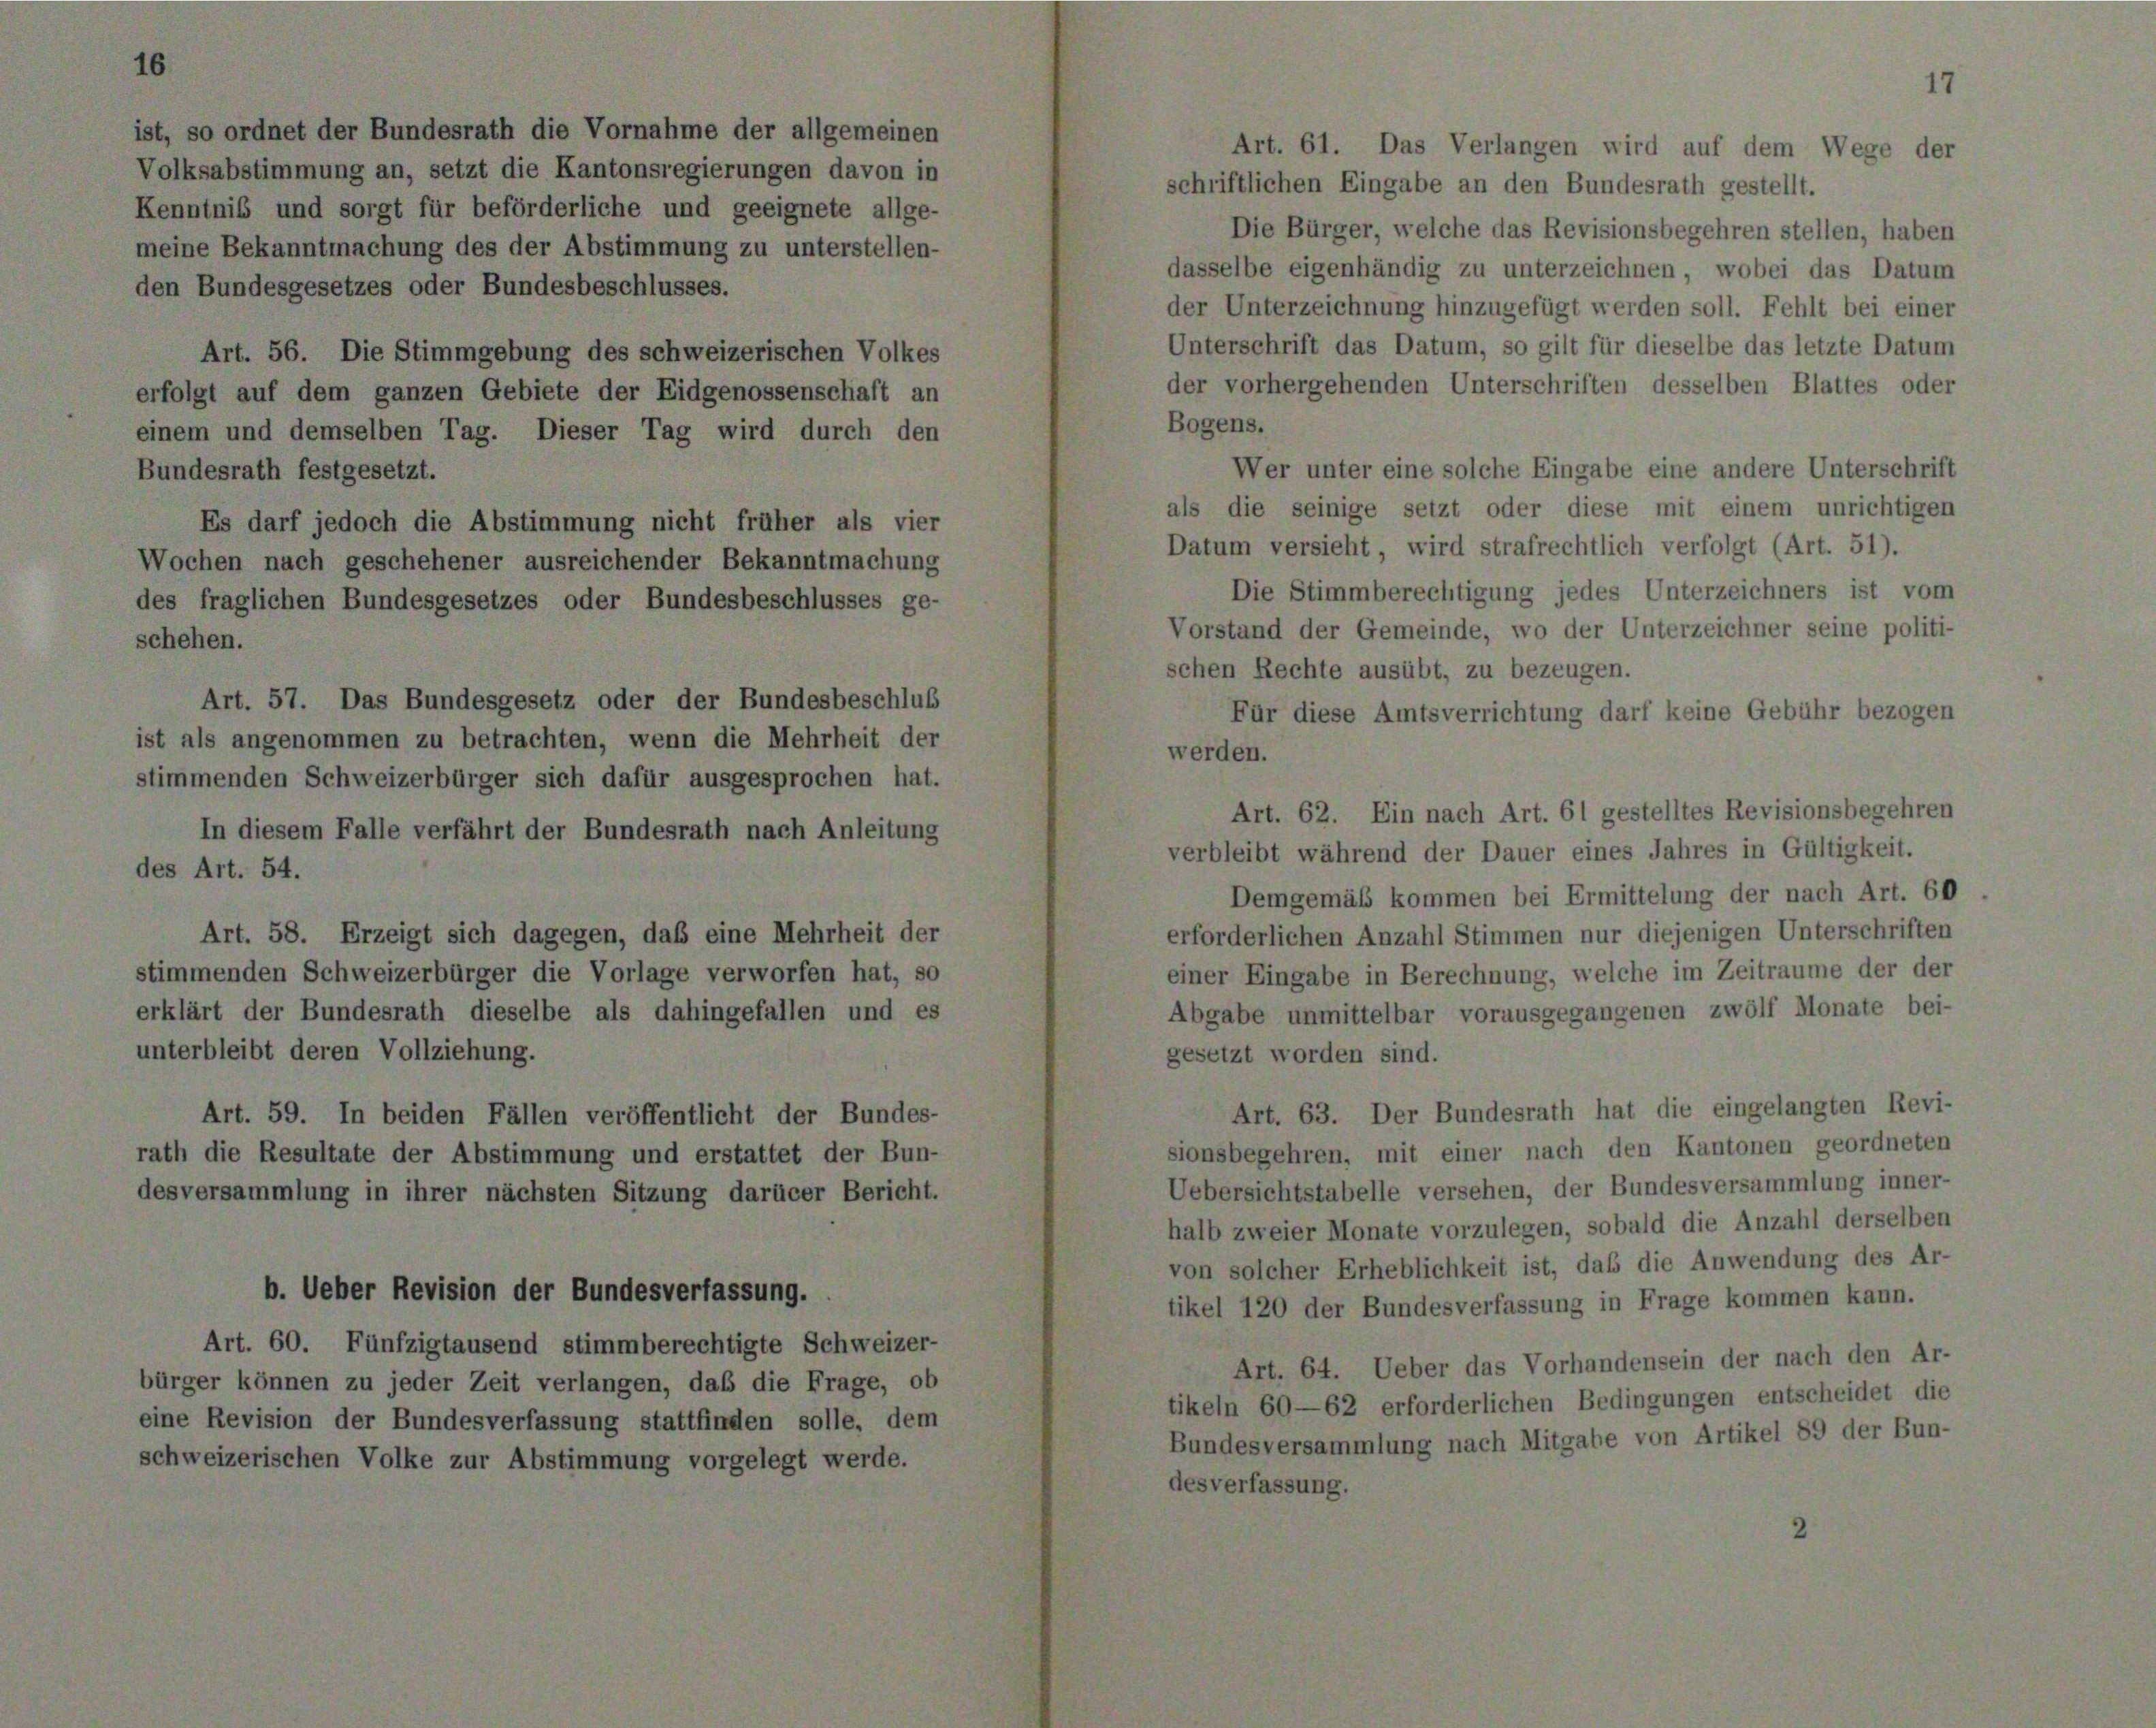
ist, so ordnet der Bundesrath die Vornahme der allgemeinen
Volksabstimmung an, setzt die Kantonsregierungen davon in
Kenntnis und sorgt für beförderliche und geeignete allge-
meine Bekanntmachung des der Abstimmung zu unterstellen-
den Bundesgesetzes oder Bundesbeschlusses.
Art. 56. Die Stimmgebung des schweizerischen Volkes
erfolgt auf dem ganzen Gebiete der Eidgenossenschaft an
einem und demselben Tag. Dieser Tag wird durch den
Bundesrath festgesetzt.
Es darf jedoch die Abstimmung nicht früher als vier
Wochen nach geschehener ausreichender Bekanntmachung
des fraglichen Bundesgesetzes oder Bundesbeschlusses ge-
schehen.
Art. 57. Das Bundesgesetz oder der Bundesbeschluß
ist als angenommen zu betrachten, wenn die Mehrheit der
stimmenden Schweizerbürger sich dafür ausgesprochen hat.
In diesem Falle verfährt der Bundesrath nach Anleitung
des Art. 54.
Art. 58. Erzeigt sich dagegen, daß eine Mehrheit der
stimmenden Schweizerbürger die Vorlage verworfen hat, so
erklärt der Bundesrath dieselbe als dahingefallen und es
unterbleibt deren Vollziehung.
Art. 59. In beiden Fällen veröffentlicht der Bundes-
rath die Resultate der Abstimmung und erstattet der Bun-
desversammlung in ihrer nächsten Sitzung darücer Bericht.

Art. 60. Fünfzigtausend stimmberechtigte Schweizer-
bürger können zu jeder Zeit verlangen, daß die Frage, ob
eine Revision der Bundesverfassung stattfinden solle, dem
schweizerischen Volke zur Abstimmung vorgelegt werde.

b. Ueber Revision der Bundesverfassung.

Art. 61. Das Verlangen wird auf dem Wege der
schriftlichen Eingabe an den Bundesrath gestellt.
Die Bürger, welche das Revisionsbegehren stellen, haben
dasselbe eigenhändig zu unterzeichnen, wobei das Datum
der Unterzeichnung hinzugefügt werden soll. Fehlt bei einer
Unterschrift das Datum, so gilt für dieselbe das letzte Datum
der vorhergehenden Unterschriften desselben Blattes oder
Bogens.
Wer unter eine solche Eingabe eine andere Unterschrift
als die seinige setzt oder diese mit einem unrichtigen
Datum versieht, wird strafrechtlich verfolgt (Art. 51).
Die Stimmberechtigung jedes Unterzeichners ist vom
Vorstand der Gemeinde, wo der Unterzeichner seine politi-
schen Rechte ausübt, zu bezeugen.
Für diese Amtsverrichtung darf keine Gebühr bezogen
werden.
verbleibt während der Dauer eines Jahres in Gültigkeit.
Demgemäß kommen bei Ermittelung der nach Art. 60
erforderlichen Anzahl Stimmen nur diejenigen Unterschriften
einer Eingabe in Berechnung, welche im Zeitraume der der
Abgabe unmittelbar vorausgegangenen zwölf Monate bei-
gesetzt worden sind.
Art. 63. Der Bundesrath hat die eingelangten Revi-
sionsbegehren, mit einer nach den Kantonen geordneten
Uebersichtstabelle versehen, der Bundesversammlung inner-
halb zweier Monate vorzulegen, sobald die Anzahl derselben
von solcher Erheblichkeit ist, daß die Anwendung des Ar-
tikel 120 der Bundesverfassung in Frage kommen kann.
Art. 64. Ueber das Vorhandensein der nach den Ar-
tikeln 60—62 erforderlichen Bedingungen entscheidet die
Bundesversammlung nach Mitgabe von Artikel 89 der Bun-
desverfassung.

Art. 62. Ein nach Art. 61 gestelltes Revisionsbegehren